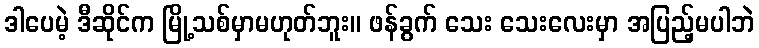
ဒါပေမဲ့ ဒီဆိုင်က မြို့သစ်မှာမဟုတ်ဘူး။ ဖန်ခွက် သေး သေးလေးမှာ အပြည့်မပါဘဲ